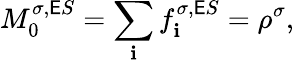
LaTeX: M_{0}^{\sigma,\mathsf{E}S}=\sum_{\mathbf{i}}f_{\mathbf{i}}^{\sigma,\mathsf{E}S}=\rho^{\sigma},